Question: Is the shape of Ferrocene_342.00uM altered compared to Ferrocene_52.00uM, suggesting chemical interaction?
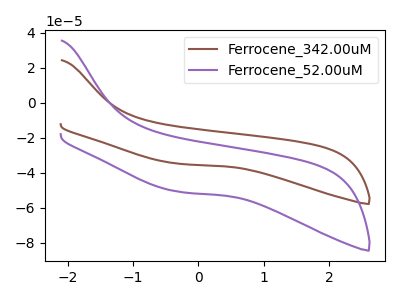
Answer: <think>The brown curve "Ferrocene_342.00uM" has no peaks. The purple curve "Ferrocene_52.00uM" has no peaks.
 Neither "Ferrocene_342.00uM" or "Ferrocene_52.00uM" have any peaks.</think>
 <answer>No, "Ferrocene_342.00uM" and "Ferrocene_52.00uM" don't appear to be significantly different in shape</answer>
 <eval>no_change</eval>